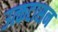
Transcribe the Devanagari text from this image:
उत्कटासन